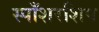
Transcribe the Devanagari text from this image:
स्पाँशरशिप